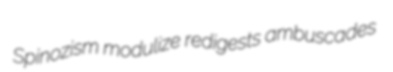
Spinozism modulize redigests ambuscades